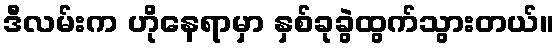
ဒီလမ်းက ဟိုနေရာမှာ နှစ်ခုခွဲထွက်သွားတယ်။